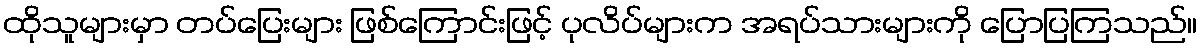
ထိုသူများမှာ တပ်ပြေးများ ဖြစ်ကြောင်းဖြင့် ပုလိပ်များက အရပ်သားများကို ပြောပြကြသည်။